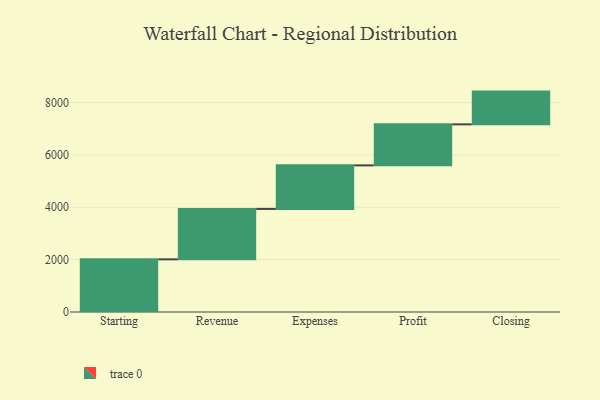
{"axis": {"x": "Step", "y": "Value"}, "legend": [""], "data": [{"x": "Starting", "y": 2011.0, "type": ""}, {"x": "Revenue", "y": 1926.0, "type": ""}, {"x": "Expenses", "y": 1664.0, "type": ""}, {"x": "Profit", "y": 1567.0, "type": ""}, {"x": "Closing", "y": 1251.0, "type": ""}]}